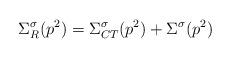
LaTeX: \begin{align*}\Sigma _{R}^{\sigma }(p^{2})=\Sigma _{CT}^{\sigma }(p^{2})+\Sigma ^{\sigma}(p^{2})\end{align*}